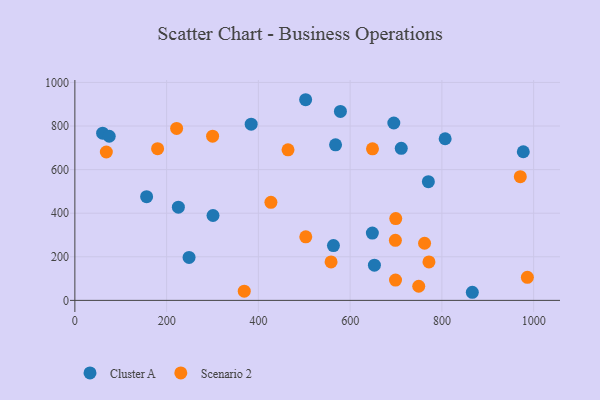
{"axis": {"x": "Study Hours", "y": "Fuel Efficiency"}, "legend": ["Cluster A", "Scenario 2"], "data": [{"x": "770.5", "y": 544.7, "type": "Cluster A"}, {"x": "503.0", "y": 920.7, "type": "Cluster A"}, {"x": "652.9", "y": 161.6, "type": "Cluster A"}, {"x": "60.5", "y": 767.1, "type": "Cluster A"}, {"x": "563.6", "y": 251.5, "type": "Cluster A"}, {"x": "977.4", "y": 681.9, "type": "Cluster A"}, {"x": "648.4", "y": 308.9, "type": "Cluster A"}, {"x": "74.9", "y": 753.0, "type": "Cluster A"}, {"x": "711.4", "y": 697.7, "type": "Cluster A"}, {"x": "156.4", "y": 475.8, "type": "Cluster A"}, {"x": "866.3", "y": 37.2, "type": "Cluster A"}, {"x": "225.6", "y": 427.7, "type": "Cluster A"}, {"x": "301.1", "y": 389.5, "type": "Cluster A"}, {"x": "248.9", "y": 197.1, "type": "Cluster A"}, {"x": "807.1", "y": 741.6, "type": "Cluster A"}, {"x": "384.3", "y": 808.4, "type": "Cluster A"}, {"x": "695.2", "y": 813.9, "type": "Cluster A"}, {"x": "578.8", "y": 867.0, "type": "Cluster A"}, {"x": "568.2", "y": 713.6, "type": "Cluster A"}, {"x": "68.6", "y": 680.8, "type": "Scenario 2"}, {"x": "503.3", "y": 291.5, "type": "Scenario 2"}, {"x": "221.8", "y": 788.9, "type": "Scenario 2"}, {"x": "698.6", "y": 275.7, "type": "Scenario 2"}, {"x": "464.6", "y": 691.0, "type": "Scenario 2"}, {"x": "986.3", "y": 105.9, "type": "Scenario 2"}, {"x": "771.8", "y": 176.4, "type": "Scenario 2"}, {"x": "427.3", "y": 449.7, "type": "Scenario 2"}, {"x": "369.2", "y": 42.3, "type": "Scenario 2"}, {"x": "699.4", "y": 375.3, "type": "Scenario 2"}, {"x": "180.3", "y": 696.0, "type": "Scenario 2"}, {"x": "698.9", "y": 93.3, "type": "Scenario 2"}, {"x": "648.7", "y": 695.6, "type": "Scenario 2"}, {"x": "970.9", "y": 567.5, "type": "Scenario 2"}, {"x": "762.2", "y": 262.1, "type": "Scenario 2"}, {"x": "749.5", "y": 64.9, "type": "Scenario 2"}, {"x": "558.4", "y": 176.6, "type": "Scenario 2"}, {"x": "300.2", "y": 753.3, "type": "Scenario 2"}]}